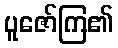
ပူဇော်ကြ၏